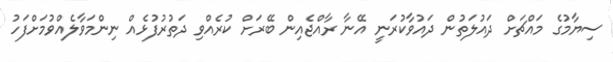
ސިޔާމުގެ މައްޗަށް ދައުލަތުން ދައުވާކުރަނީ އޭނާ ރާއްޖެއިން ބޭރަށް ކުރެއްްވި ދަތުރުފުޅެއް ނިންމަވާލެއްވުމަށްފަހު